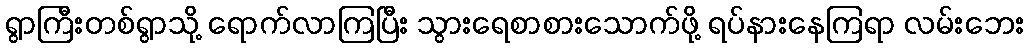
ရွာကြီးတစ်ရွာသို့ ရောက်လာကြပြီး သွားရေစာစားသောက်ဖို့ ရပ်နားနေကြရာ လမ်းဘေး